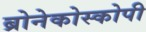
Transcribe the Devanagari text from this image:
ब्रोनेकोस्कोपी